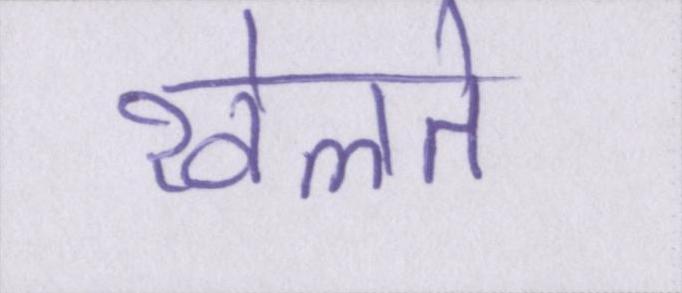
खेलते